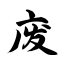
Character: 废